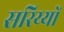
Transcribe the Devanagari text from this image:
सरिय्यों